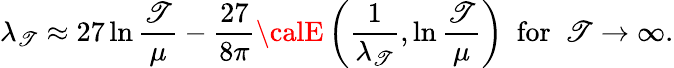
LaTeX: \lambda_{\mathscr{T}}\approx27\ln\frac{{\mathscr{T}}}{{\mu}}-\frac{{27}}{{8\pi}}{\calE}\left(\frac{{1}}{{\lambda_{\mathscr{T}}}},\ln\frac{{\mathscr{T}}}{{\mu}}\right)~~\mathrm{{for}}~~\mathscr{T}\rightarrow\infty.